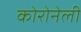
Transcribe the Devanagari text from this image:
कोरोनेली